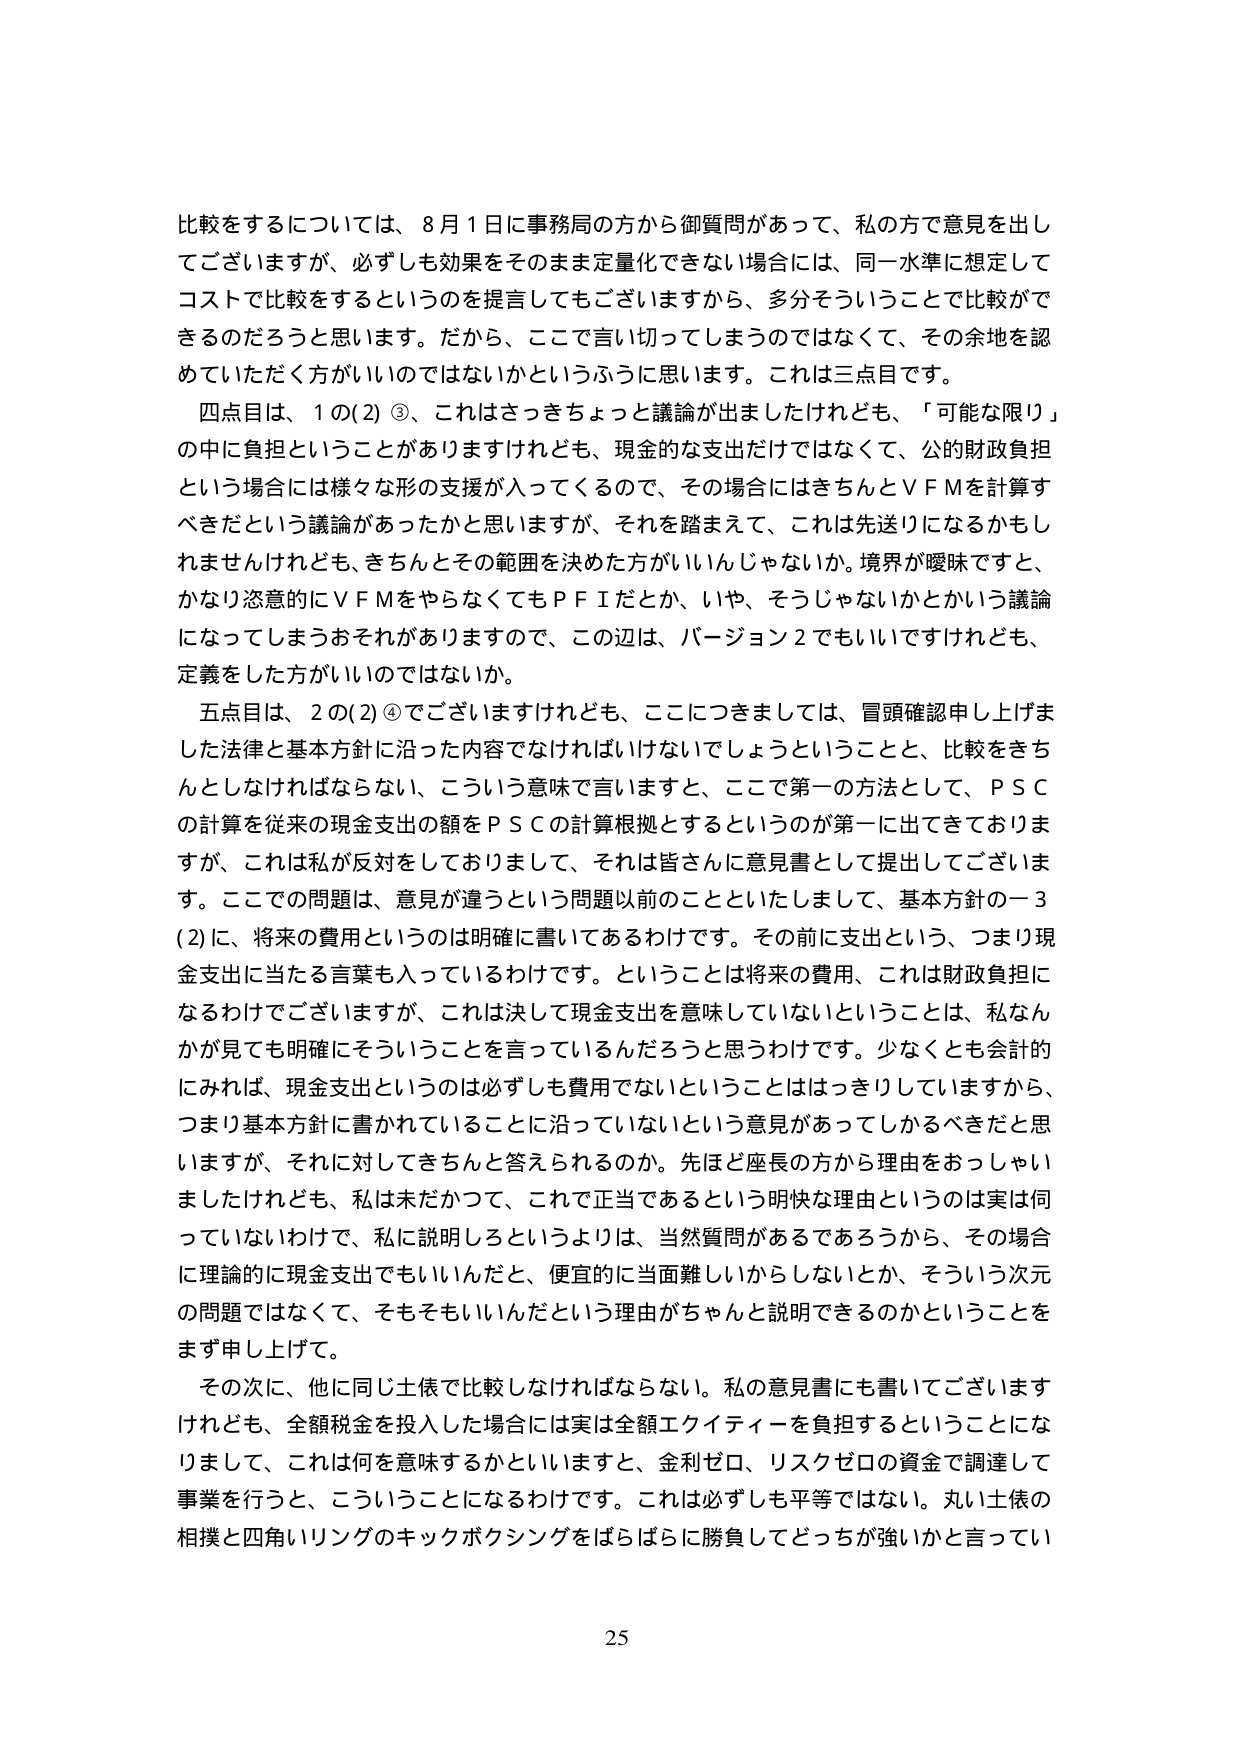
比較をするについては、8月1日に事務局の方から御質問があって、私の方で意見を出してございますが、必ずしも効果をそのまま定量化できない場合には、同一水準に想定してコストで比較をするというのを提言してもございますから、多分そういうことで比較ができるのだろうと思います。だから、ここで言い切ってしまうのではなくて、その余地を認めていただく方がいいのではないかというふうに思います。これは三点目です。

四点目は、1の(2)③、これはさっきちょっと議論が出ましたけれども、「可能な限り」の中に負担ということがありますけれども、現金的な支出だけではなくて、公的財政負担という場合には様々な形の支援が入ってくるので、その場合にはきちんとＶＦＭを計算すべきだという議論があったかと思いますが、それを踏まえて、これは先送りになるかもしれませんけれども、きちんとその範囲を決めた方がいいんじゃないかな。境界が曖昧ですと、かなり恣意的にＶＦＭをやらなくてもＰＦＩだとか、いや、そうじゃないかとかいう議論になってしまうおそれがありますので、この辺は、バージョン2でもいいですけれども、定義をした方がいいのではないでしょうか。

五点目は、2の(2)④でございますけれども、ここにつきましては、冒頭確認申し上げました法律と基本方針に沿った内容でなければならないでしょうということと、比較をきちんとしなければならない、こういう意味で言いますと、ここで第一の方法として、ＰＳＣの計算を従来の現金支出の額をＰＳＣの計算根拠とするというのが第一に出てきておりますが、これは私が反対をしておりまして、それは皆さんに意見書として提出してございます。ここでの問題は、意見が違うという問題以前のことといたしまして、基本方針の一3(2)に、将来の費用というのは明確に書いてあるわけです。その前に支出という、つまり現金支出に当たる言葉も入っているわけです。ということは将来の費用、これは財政負担になるわけでございますが、これは決して現金支出を意味していないということは、私なんかが見ても明確にそういうことを言っているんだろうと思うわけです。少なくとも会計的にみれば、現金支出というのは必ずしも費用でないということははっきりしていますから、つまり基本方針に書かれていることに沿っていないという意見があってしかるべきだと思いますが、それに対してきちんと答えられるのか。先ほど座長の方から理由をおっしゃいましたけれども、私は未だかつて、これで正当であるという明快な理由というのは実は何っていないわけで、私に説明しろというよりは、当然質問があるであろうから、その場合に理論的に現金支出でもいいんだと、便宜的に当面難しいからしないとか、そういう次元の問題ではなくて、そもそもいいんだという理由がちゃんと説明できるのかということをまず申し上げて。

その次に、他に同じ土俵で比較しなければならない。私の意見書にも書いてございますけれども、全額税金を投入した場合には実は全額エクイティを負担するということになりまして、これは何を意味するかといいますと、金利ゼロ、リスクゼロの資金で調達して事業を行うと、こういうことになるわけです。これは必ずしも平等ではない。丸い土俵の相撲と四角いリングのキックボクシングをばらばらに勝負してどっちが強いかと言ってい

25